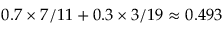
0 . 7 \times 7 / 1 1 + 0 . 3 \times 3 / 1 9 \approx 0 . 4 9 3